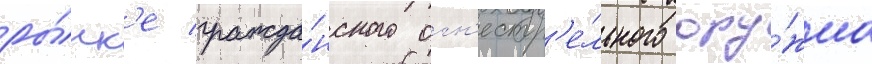
ры́нк'е гражда́нского огн'естр'е́льного ору́жиа